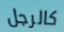
كالرجل